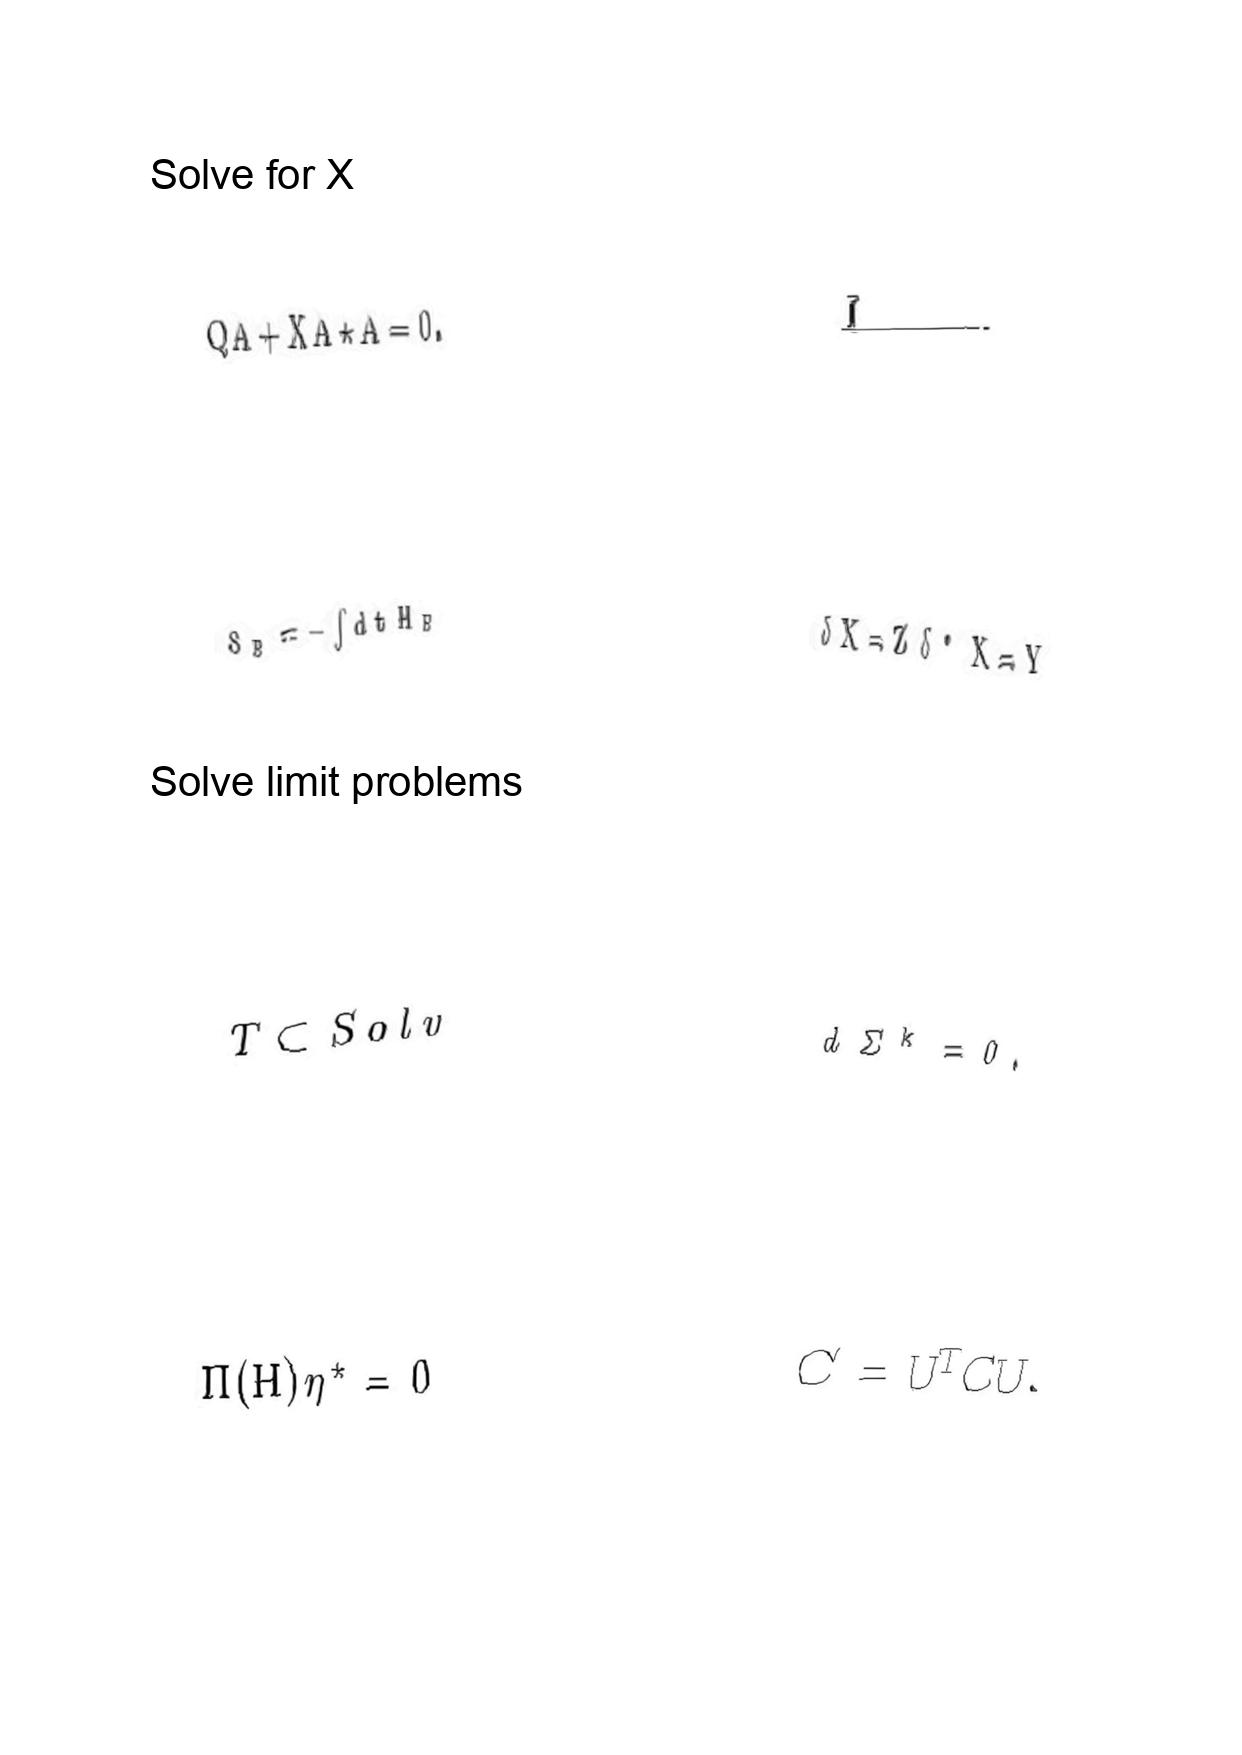
LaTeX transcription:
Q A + \mathrm { X } A \star A = 0 .
S _ { B } = - \int d t H _ { B }
T \subset S o l v
\Pi \lparen H \rparen \eta ^ { \star } = 0
L
\delta X = Z \delta ^ { \ast } X = Y
d \Sigma ^ { k } = 0 .
C ^ { \prime } = U ^ { T } C U .